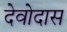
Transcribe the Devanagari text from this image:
देवोदास